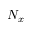
N _ { x }